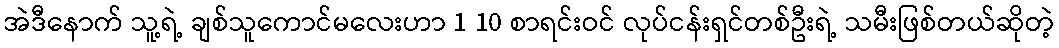
အဲဒီနောက် သူ့ရဲ့ ချစ်သူကောင်မလေးဟာ 1 10 စာရင်းဝင် လုပ်ငန်းရှင်တစ်ဦးရဲ့ သမီးဖြစ်တယ်ဆိုတဲ့